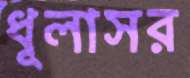
ধূলাসর